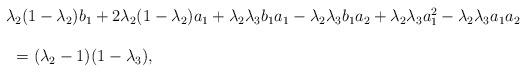
LaTeX: \begin{align*}\begin{array}{lll} &&\lambda_2(1-\lambda_2)b_1+2\lambda_2(1-\lambda_2)a_1+\lambda_2\lambda_3b_1a_1-\lambda_2\lambda_3b_1a_2+\lambda_2\lambda_3a_1^2-\lambda_2\lambda_3a_1a_2\ \\\\&&\ \ =(\lambda_2-1)(1-\lambda_3),\end{array}\end{align*}